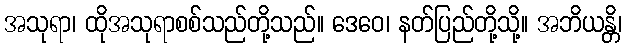
အသုရာ၊ ထိုအသုရာစစ်သည်တို့သည်။ ဒေဝေ၊ နတ်ပြည်တို့သို့။ အဘိယန္တိ၊